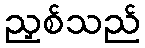
ညှစ်သည်